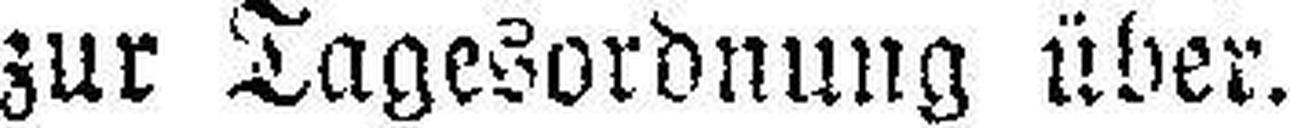
zur Tagesordnung über.